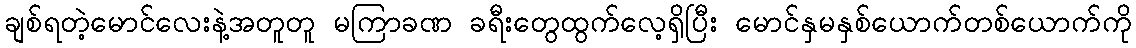
ချစ်ရတဲ့မောင်လေးနဲ့အတူတူ မကြာခဏ ခရီးတွေထွက်လေ့ရှိပြီး မောင်နှမနှစ်ယောက်တစ်ယောက်ကို